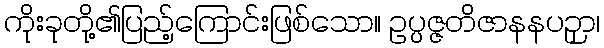
ကိုးခုတို့၏ပြည့်ကြောင်းဖြစ်သော။ ဥပ္ပဇ္ဇတိဇာနနပဉှာ၊